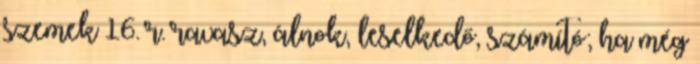
szemek 16. r. ravasz, álnok, leselkedő, számító; ha még